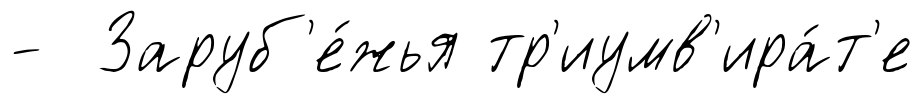
- Заруб'е́жья тр'иумв'ира́т'е